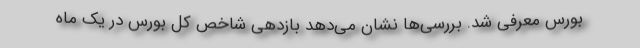
بورس معرفی شد. بررسی‌ها نشان می‌دهد بازدهی شاخص کل بورس در یک ماه